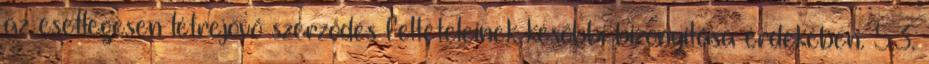
az esetlegesen létrejövő szerződés feltételeinek későbbi bizonyítása érdekében. 5.3.